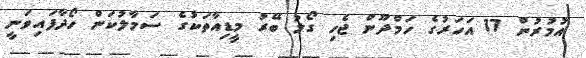
އުމުރުން 17 އަހަރުގެ ހަމްދޫން ޖެހި ގޯލު ބޭރު މީޑިއާތަކުގެ ސަމާލުކަން ހޯދާފައިވަނީ